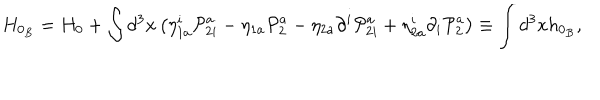
H _ { 0 _ { B } } = H _ { 0 } + \int d ^ { 3 } x \left( \eta _ { 1 a } ^ { i } \mathcal { P } _ { 2 i } ^ { a } - \eta _ { 1 a } \mathcal { P } _ { 2 } ^ { a } - \eta _ { 2 a } \partial ^ { i } \mathcal { P } _ { 2 i } ^ { a } + \eta _ { 2 a } ^ { i } \partial _ { i } \mathcal { P } _ { 2 } ^ { a } \right) \equiv \int d ^ { 3 } x h _ { 0 _ { B } } ,